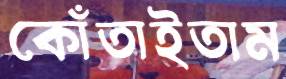
কোঁতাইতাম